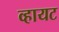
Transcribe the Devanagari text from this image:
व्हायट